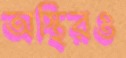
অস্থিরও